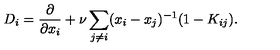
D _ { i } = \frac { \partial } { \partial x _ { i } } + \nu \sum _ { j \neq i } ( x _ { i } - x _ { j } ) ^ { - 1 } ( 1 - K _ { i j } ) .